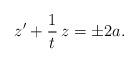
LaTeX: \begin{align*} z' + \frac{1}{t}\, z = \pm 2a.\end{align*}